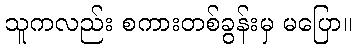
သူကလည်း စကားတစ်ခွန်းမှ မပြော။